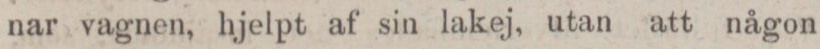
nar vagnen, hjelpt af sin lakej, utan att någon